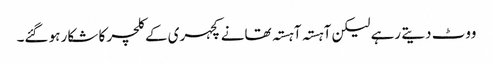
ووٹ دیتے رہے لیکن آہستہ آہستہ تھانے کچہری کے کلچر کا شکار ہو گئے۔